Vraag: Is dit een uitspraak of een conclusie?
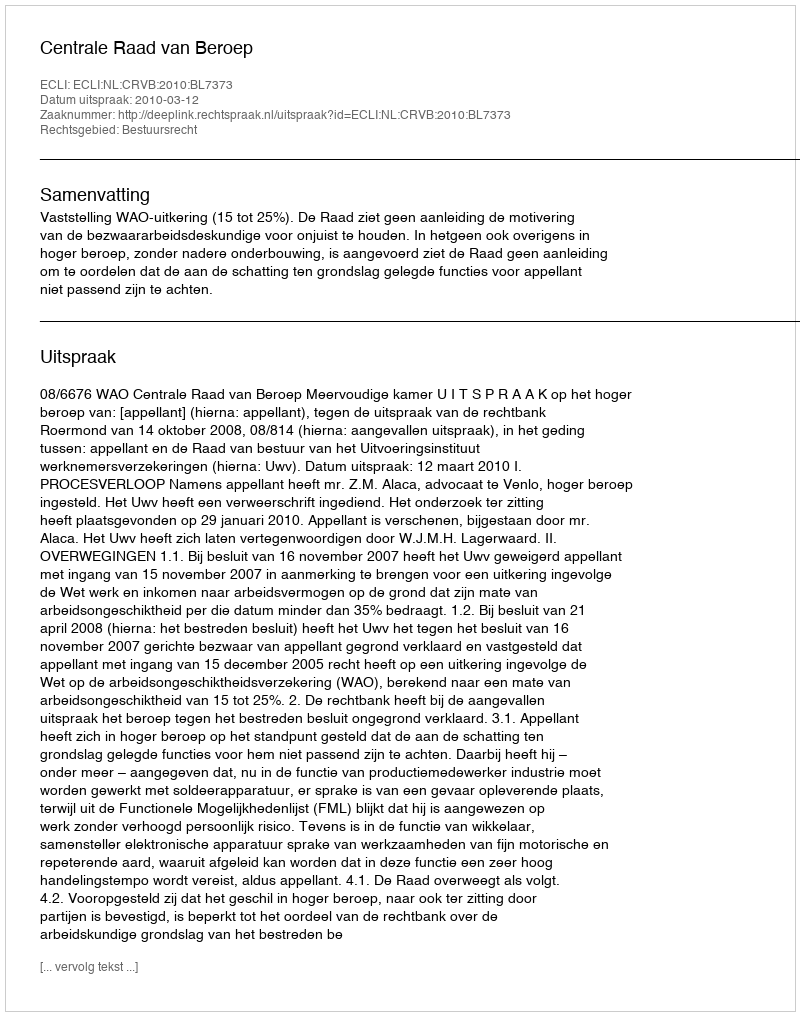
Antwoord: Uitspraak